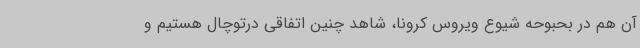
آن هم در بحبوحه شیوع ویروس کرونا، شاهد چنین اتفاقی درتوچال هستیم و